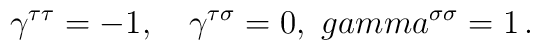
\gamma^{\tau\tau}=-1, \ \ \ \gamma^{\tau\sigma}=0, \ \ \\gamma^{\sigma\sigma}=1\, .